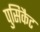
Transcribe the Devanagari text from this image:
पुसिकैट